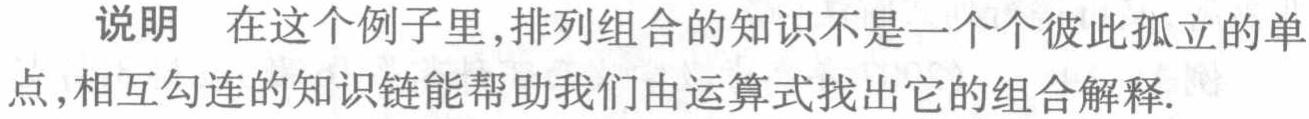
说明 在这个例子里,排列组合的知识不是一个个彼此孤立的单点,相互勾连的知识链能帮助我们由运算式找出它的组合解释.